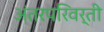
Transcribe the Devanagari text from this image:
अंतरपरिवर्ती